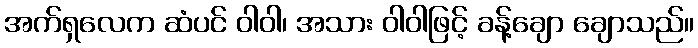
အက်ရှလေက ဆံပင် ဝါဝါ၊ အသား ဝါဝါဖြင့် ခန့်ချော ချောသည်။